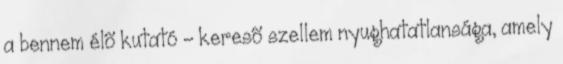
a bennem élõ kutató - keresõ szellem nyughatatlansága, amely